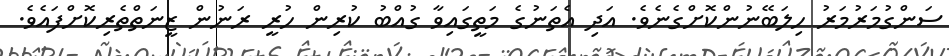
ސަންގުމަރުމަރު ހިލަބޭނުންކޮށްގެނެވެ. އަދި އެތަނުގެ މަތީގައިވާ ގުއްބު ކުރިން ހުރީ ރަނުން ޒީނަތްތެރިކޮށްފައެވެ.